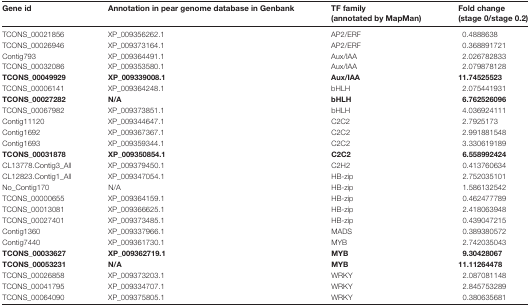
<table><thead><tr><td><b>Gene id</b></td><td><b>Annotation in pear genome database in Genbank</b></td><td><b>TF family(annotated by MapMan)</b></td><td><b>Fold change(stage 0/stage 0.2)</b></td></tr></thead><tbody><tr><td>TCONS_00021856</td><td>XP_009356262.1</td><td>AP2/ERF</td><td>0.4888638</td></tr><tr><td>TCONS_00026946</td><td>XP_009373164.1</td><td>AP2/ERF</td><td>0.368891721</td></tr><tr><td>Contig793</td><td>XP_009364491.1</td><td>Aux/IAA</td><td>2.026782833</td></tr><tr><td>TCONS_00032086</td><td>XP_009353580.1</td><td>Aux/IAA</td><td>2.079878128</td></tr><tr><td><b>TCONS_00049929</b></td><td><b>XP_009339008.1</b></td><td><b>Aux/IAA</b></td><td><b>11.74525523</b></td></tr><tr><td>TCONS_00006141</td><td>XP_009364248.1</td><td>bHLH</td><td>2.075441931</td></tr><tr><td><b>TCONS_00027282</b></td><td><b>N/A</b></td><td><b>bHLH</b></td><td><b>6.762526096</b></td></tr><tr><td>TCONS_00067982</td><td>XP_009373851.1</td><td>bHLH</td><td>4.036924111</td></tr><tr><td>Contig11120</td><td>XP_009344647.1</td><td>C2C2</td><td>2.7925173</td></tr><tr><td>Contig1692</td><td>XP_009367367.1</td><td>C2C2</td><td>2.991881548</td></tr><tr><td>Contig1693</td><td>XP_009359344.1</td><td>C2C2</td><td>3.330619189</td></tr><tr><td><b>TCONS_00031878</b></td><td><b>XP_009350854.1</b></td><td><b>C2C2</b></td><td><b>6.558992424</b></td></tr><tr><td>CL13778.Contig3_All</td><td>XP_009379450.1</td><td>C2H2</td><td>0.413760634</td></tr><tr><td>CL12823.Contig1_All</td><td>XP_009347054.1</td><td>HB-zip</td><td>2.752035101</td></tr><tr><td>No_Contig170</td><td>N/A</td><td>HB-zip</td><td>1.586132542</td></tr><tr><td>TCONS_00000655</td><td>XP_009364159.1</td><td>HB-zip</td><td>0.462477789</td></tr><tr><td>TCONS_00013081</td><td>XP_009366625.1</td><td>HB-zip</td><td>2.418063948</td></tr><tr><td>TCONS_00027401</td><td>XP_009373485.1</td><td>HB-zip</td><td>0.439047215</td></tr><tr><td>Contig1360</td><td>XP_009337966.1</td><td>MADS</td><td>0.389380572</td></tr><tr><td>Contig7440</td><td>XP_009361730.1</td><td>MYB</td><td>2.742035043</td></tr><tr><td><b>TCONS_00033627</b></td><td><b>XP_009362719.1</b></td><td><b>MYB</b></td><td><b>9.30428067</b></td></tr><tr><td><b>TCONS_00053231</b></td><td><b>N/A</b></td><td><b>MYB</b></td><td><b>11.11264478</b></td></tr><tr><td>TCONS_00026858</td><td>XP_009373203.1</td><td>WRKY</td><td>2.087081148</td></tr><tr><td>TCONS_00041795</td><td>XP_009334707.1</td><td>WRKY</td><td>2.845753289</td></tr><tr><td>TCONS_00064090</td><td>XP_009375805.1</td><td>WRKY</td><td>0.380635681</td></tr></tbody></table>